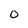
Character: 0